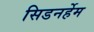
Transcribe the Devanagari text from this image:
सिडनर्हेम